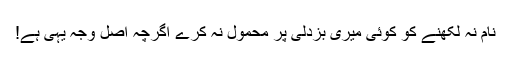
نام نہ لکھنے کو کوئی میری بزدلی پر محمول نہ کرے اگرچہ اصل وجہ یہی ہے!